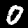
Label: 0